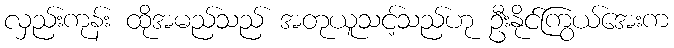
လှည်းကုန်း ထိုအမည်သည် အတုယူသင့်သည်ဟု ဦးနိုင်ကြွယ်အေးက